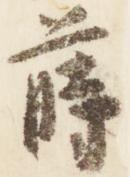
蒔